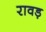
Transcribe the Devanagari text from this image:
रावड़